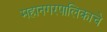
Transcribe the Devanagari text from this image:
महानगरपालिकाचे